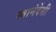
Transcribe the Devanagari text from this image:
स्वानंदेसी